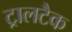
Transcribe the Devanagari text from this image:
ट्रालटैक